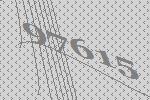
97615